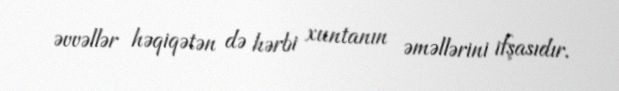
əvvəllər həqiqətən də hərbi xuntanın əməllərini ifşasıdır.